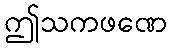
ဤသကဖဏေ